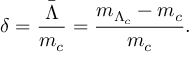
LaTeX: \delta = { \frac { \bar { \Lambda } } { m _ { c } } } = { \frac { m _ { \Lambda _ { c } } - m _ { c } } { m _ { c } } } .